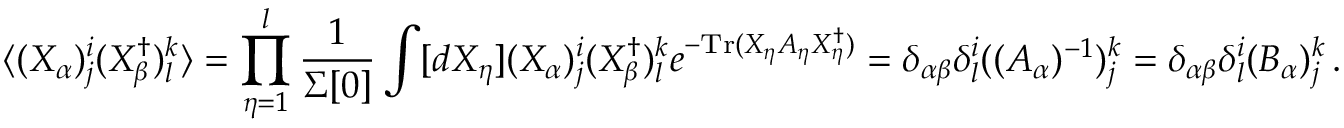
\langle ( X _ { \alpha } ) _ { j } ^ { i } ( X _ { \beta } ^ { \dagger } ) _ { l } ^ { k } \rangle = \prod _ { \eta = 1 } ^ { l } \frac { 1 } { \Sigma [ 0 ] } \int [ d X _ { \eta } ] ( X _ { \alpha } ) _ { j } ^ { i } ( X _ { \beta } ^ { \dagger } ) _ { l } ^ { k } e ^ { - \mathrm { T r } ( X _ { \eta } A _ { \eta } X _ { \eta } ^ { \dagger } ) } = \delta _ { \alpha \beta } \delta _ { l } ^ { i } ( ( A _ { \alpha } ) ^ { - 1 } ) _ { j } ^ { k } = \delta _ { \alpha \beta } \delta _ { l } ^ { i } ( B _ { \alpha } ) _ { j } ^ { k } \, .